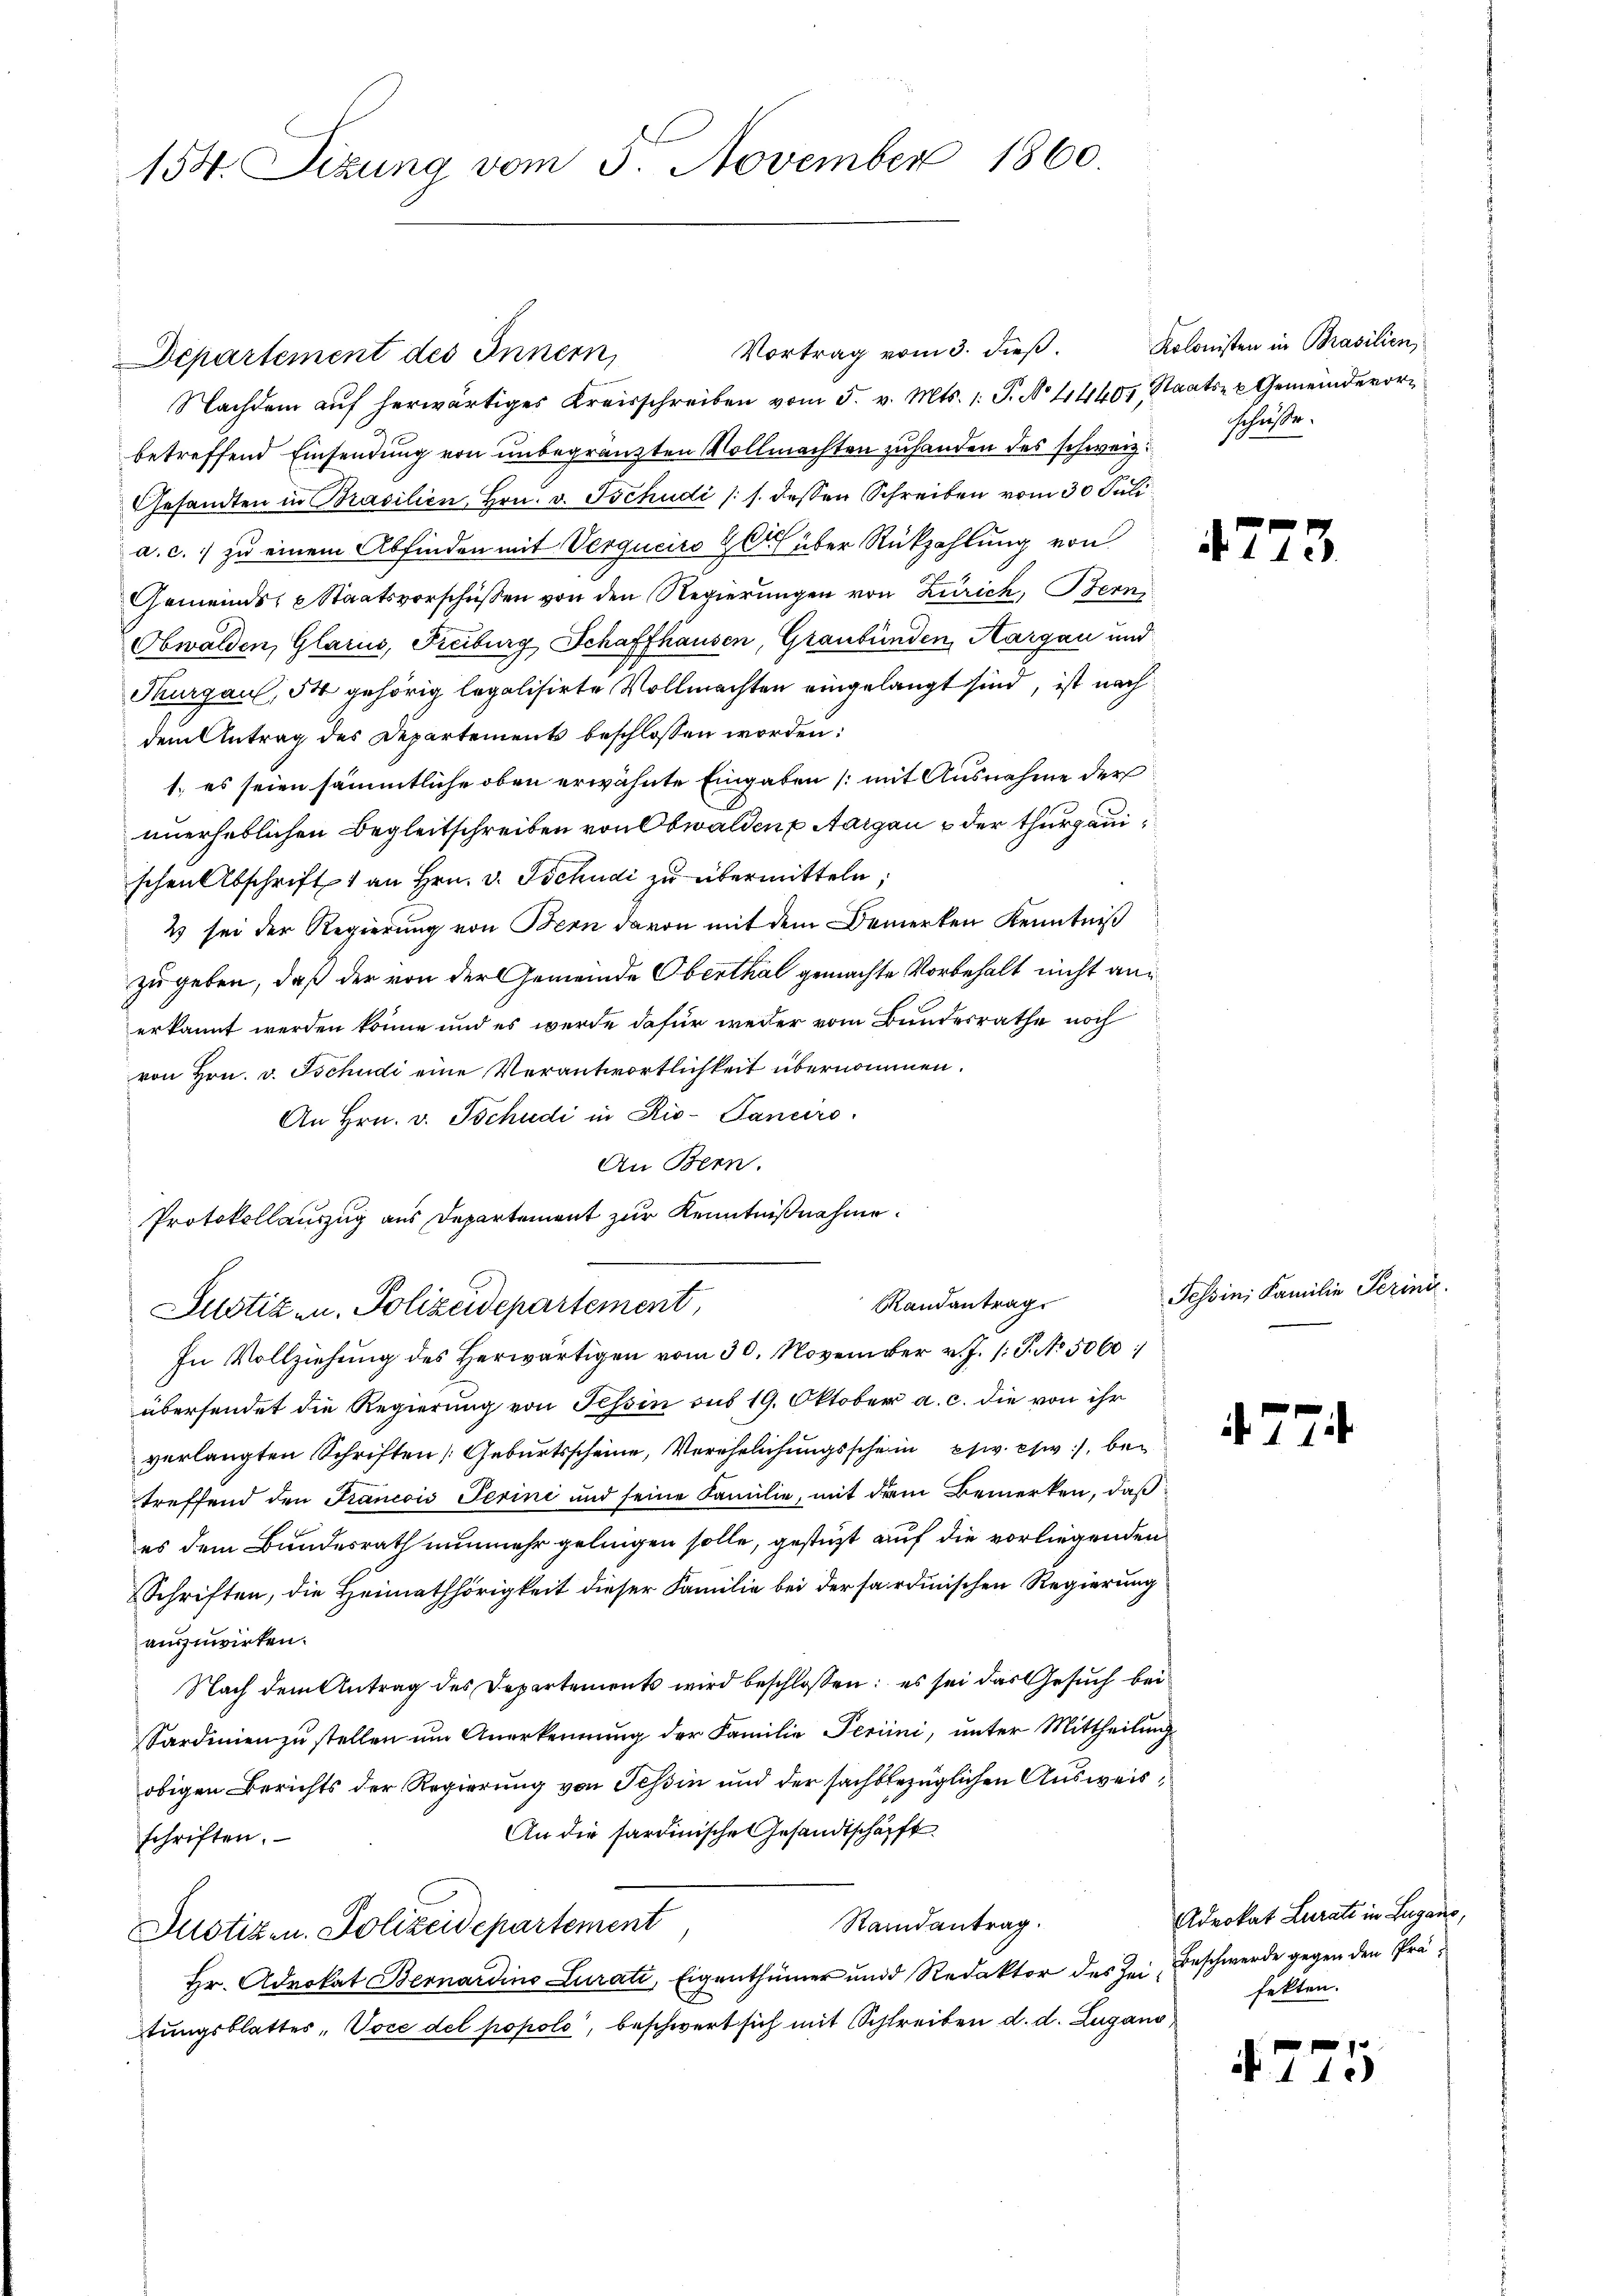
154. Sizung vom 5. November 1860.

Vortrag vom 3. dieβ. Kolonisten in Brasilien,
Departement des Innern,
Nachdem auf herwärtiges Kreisschreiben vom 5. v. Mts. 1. P. No 4440, Staats- u Gemeindevorbetreffend Einsendung von unbegränzten Vollmachten zuhanden des schweiz schüsse.
Gesandten in Brasilien, Hrn. v. Tschudi (s. dessen Schreiben vom 30. Juli
a. c. zu einem Abfinden mit Verguciro 20 über Rückzahlung von
Gemeinds- Staatsvorschüssen von den Regierungen von Zürich, Bern,
Obwalden, Glarus, Freiburg Schaffhausen, Graubünden, Aargau und
Thurgau, 54 gehörig legalisirte Vollmachten eingelangt sind, ist nach
dem Antrag des Departements beschlossen worden:
1. es seien sämmtliche oben erwähnte Eingaben (mit Ausnahme der
unerheblichen Begleitschreiben von Obwalden Aargau & der thurgauischen Abschrift 1 an Hrn. v. Tschudi zu übermitteln;
2 sei der Regierung von Bern davon mit dem Bemerken Kenntniß
zu geben, daß der von der Gemeinde Obenthal gemachte Vorbehalt nicht anerkannt werden könne und es werde dafür weder vom Bundesrathe noch
von Hrn. v. Tschudi eine Verantwortlichkeit übernommen.
An Hrn. v. Tschudi in Rio-Panciro
An Bern.
Protokollauszug aus Departement zur Kenntnißnahme.
Randantrag
Justiz u. Polizeidepartement,
In Vollziehung des Herwärtigen vom 30. November v. J. P. No. 5060
übersendet die Regierung von Tessin aus 19. Oktober a. c. die von ihr
verlangten Schriften [Geburtsscheine, Verehelichungsschein psw. c., betreffend den Francois Perini und seine Familie, mit dem Bemerken, daß
es dem Bundesrath nunmehr gelingen solle, gestüzt auf die vorliegenden
Schriften, die Heimathörigkeit dieser Familie bei der sardinischen Regierung
auszuwirken.
Nach dem Antrag des Departements wird beschlossen: es sei das Gesuch bei
Sardinien zŭ stellen ŭm Anerkennung der Familie Periini, ŭnter Mittheilŭng
obigen Berichts der Regierung von Tessin und der sachbezüglichen Ausweis¬
An die sardinische Gesandtschafft
schriften.
Randantrag.
Justizen. Polizeidepartement
Hr. Advokat Bernardino Lurati, Eigenthümer und Redaktor des Zei Beschwerde gegen den Prätungsblattes, Voce del popolo, beschwert sich mit Schreiben d. d. Zugano,

4773

Tessin, Familie Perini.

4. 774.

Advokat Lurati in Lugano,
fekten.

f
N. 110)